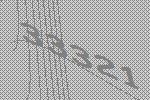
33321